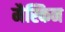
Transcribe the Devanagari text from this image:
मैस्किन